Indian journal of veterinary science and animal husbandry - Volume 4,
Year: 1934
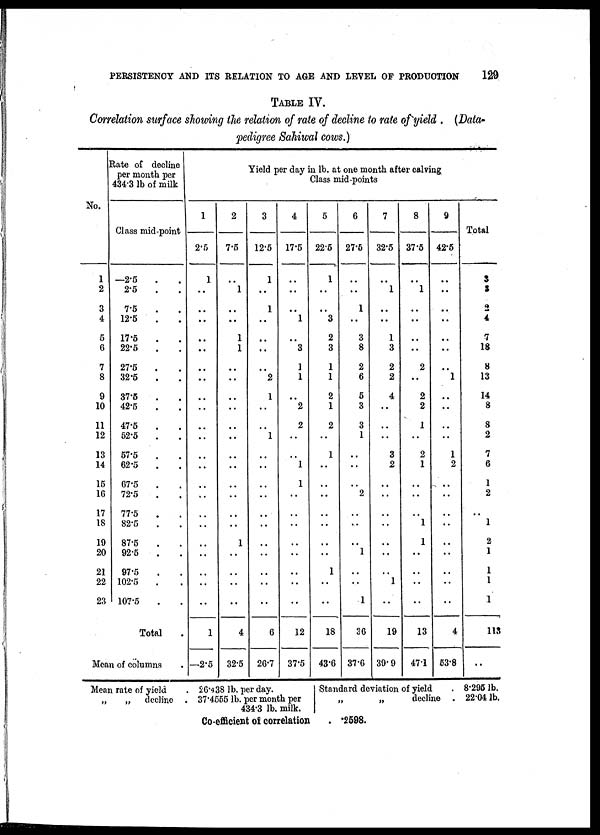
PERSISTENCY AND ITS RELATION TO AGE AND LEVEL OF PRODUCTION
129
TABLE IV.
Correlation surface showing the relation of rate of decline to rate of yield . (Data-
pedigree Sahiwal cows.)
No.
1
2
3
4
5
6
7
8
9
10
11
12
13
14
15
16
17
18
19
20
21
22
23
Rate of decline
per month per
434.3 lb of milk
Class mid-point
—2.5 . .
2.5 . .
7.5 . .
12.5 . .
17.5 . .
22.5 . .
27.5 . .
32.5 . .
37.5 . .
42.5 . .
47.5 . .
52.5 . .
57.5 . .
62.5 . .
67.5 . .
72.5 . .
77.5 . .
82.5 . .
87.5 . .
92.5 . .
97.5 . .
102.5 . .
107.5 . .
Total .
Mean of columns .
1
2.5
1
..
..
..
..
..
..
..
..
..
..
..
..
..
..
..
..
..
..
..
..
..
..
1
—2.5
2
7.5
..
1
..
..
1
1
..
..
..
..
..
..
..
..
..
..
..
..
1
..
..
..
..
4
32.5
Yield per day in lb. at one month, after calving
Class mid-points
3
12.5
1
..
1
..
..
..
..
2
1
..
..
1
..
..
..
..
..
..
..
..
..
..
..
6
26.7
4
17.5
..
..
..
1
..
3
1
1
..
2
2
..
..
1
1
..
..
..
..
..
..
..
..
12
37.5
5
22.5
1
..
..
3
2
3
1
1
2
1
2
..
1
..
..
..
..
..
...
..
1
..
..
18
43.6
6
27.5
..
..
1
..
3
8
2
6
5
3
3
1
..
..
..
2
..
..
..
1
..
..
1
36
37.6
7
32.5
..
1
..
..
1
3
2
2
4
..
..
..
3
2
..
..
..
..
..
..
..
1
..
19
39.9
8
37.5
..
1
..
..
..
..
2
..
2
2
1
..
2
1
..
..
..
1
1
..
..
..
..
13
47.1
9
42.5
..
..
..
..
..
..
..
1
..
..
..
..
1
2
..
..
..
..
..
..
..
..
..
4
53.8
Total
3
3
2
4
7
18
8
13
14
8
8
2
7
6
1
2
..
1
2
1
1
1
1
113
..
Mean rate of yield
„
„ decline
. 26.438 lb. per day.
. 37.4555 lb. per month per
434.3 lb. milk. |
Co-efficient of correlation
Standard deviation of yield
„
„
decline
. .2598.
. 8.295 lb.
. 22.04 lb.